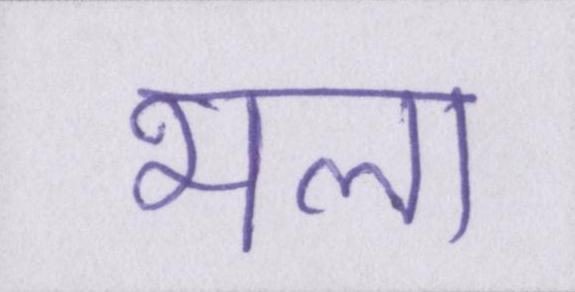
भला